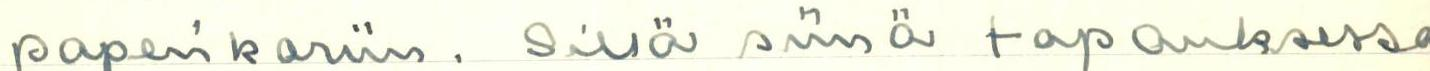
paperikoriin. Sillä siinä tapauksessa